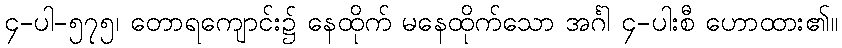
၄-ပါ-၅၇၅၊ တောရကျောင်း၌ နေထိုက် မနေထိုက်သော အင်္ဂါ ၄-ပါးစီ ဟောထား၏။